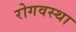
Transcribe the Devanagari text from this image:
रोगवस्था